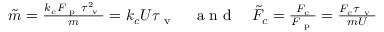
\begin{array} { r } { \tilde { m } = \frac { k _ { c } F _ { \mathrm { ~ p ~ } } \tau _ { \mathrm { ~ v ~ } } ^ { 2 } } { m } = k _ { c } U \tau _ { \mathrm { ~ v ~ } } \quad \mathrm { ~ a ~ n ~ d ~ } \quad \tilde { F } _ { c } = \frac { F _ { c } } { F _ { \mathrm { ~ p ~ } } } = \frac { F _ { c } \tau _ { \mathrm { ~ v ~ } } } { m U } } \end{array}